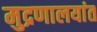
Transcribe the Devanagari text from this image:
मुद्रणालयांत